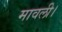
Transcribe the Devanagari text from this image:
मावली।